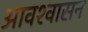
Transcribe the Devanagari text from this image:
आवश्‍वासन